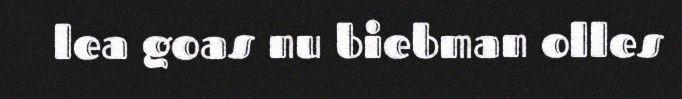
lea goas nu biebman olles